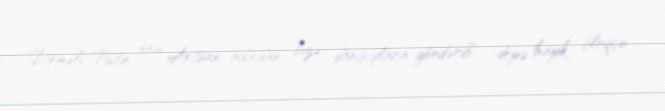
Deməli, Putin onu Artsax adından bizə danışıqlara göndərib" -deyə hayk bloqçu